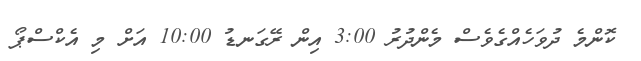
ކޮންމެ ދުވަހެއްގެވެސް މެންދުރު 3:00 އިން ރޭގަނޑު 10:00 އަށް މި އެކްސްޕޯ